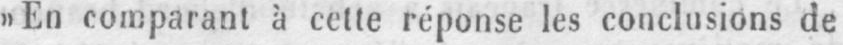
»En comparant à cette réponse les conclusions de